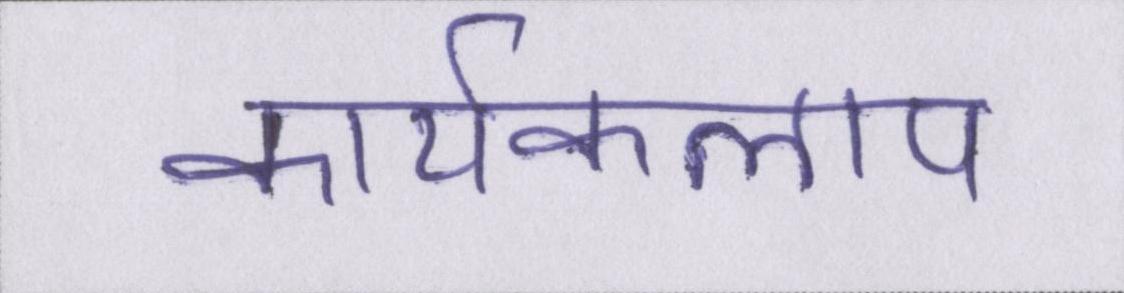
कार्यकलाप